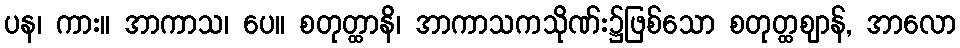
ပန၊ ကား။ အာကာသ၊ ပေ။ စတုတ္ထာနိ၊ အာကာသကသိုဏ်း၌ဖြစ်သော စတုတ္ထဈာန်, အာလော